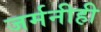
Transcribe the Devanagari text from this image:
जर्मनीही